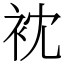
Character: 衴